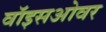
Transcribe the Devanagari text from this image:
वॉइसओवर